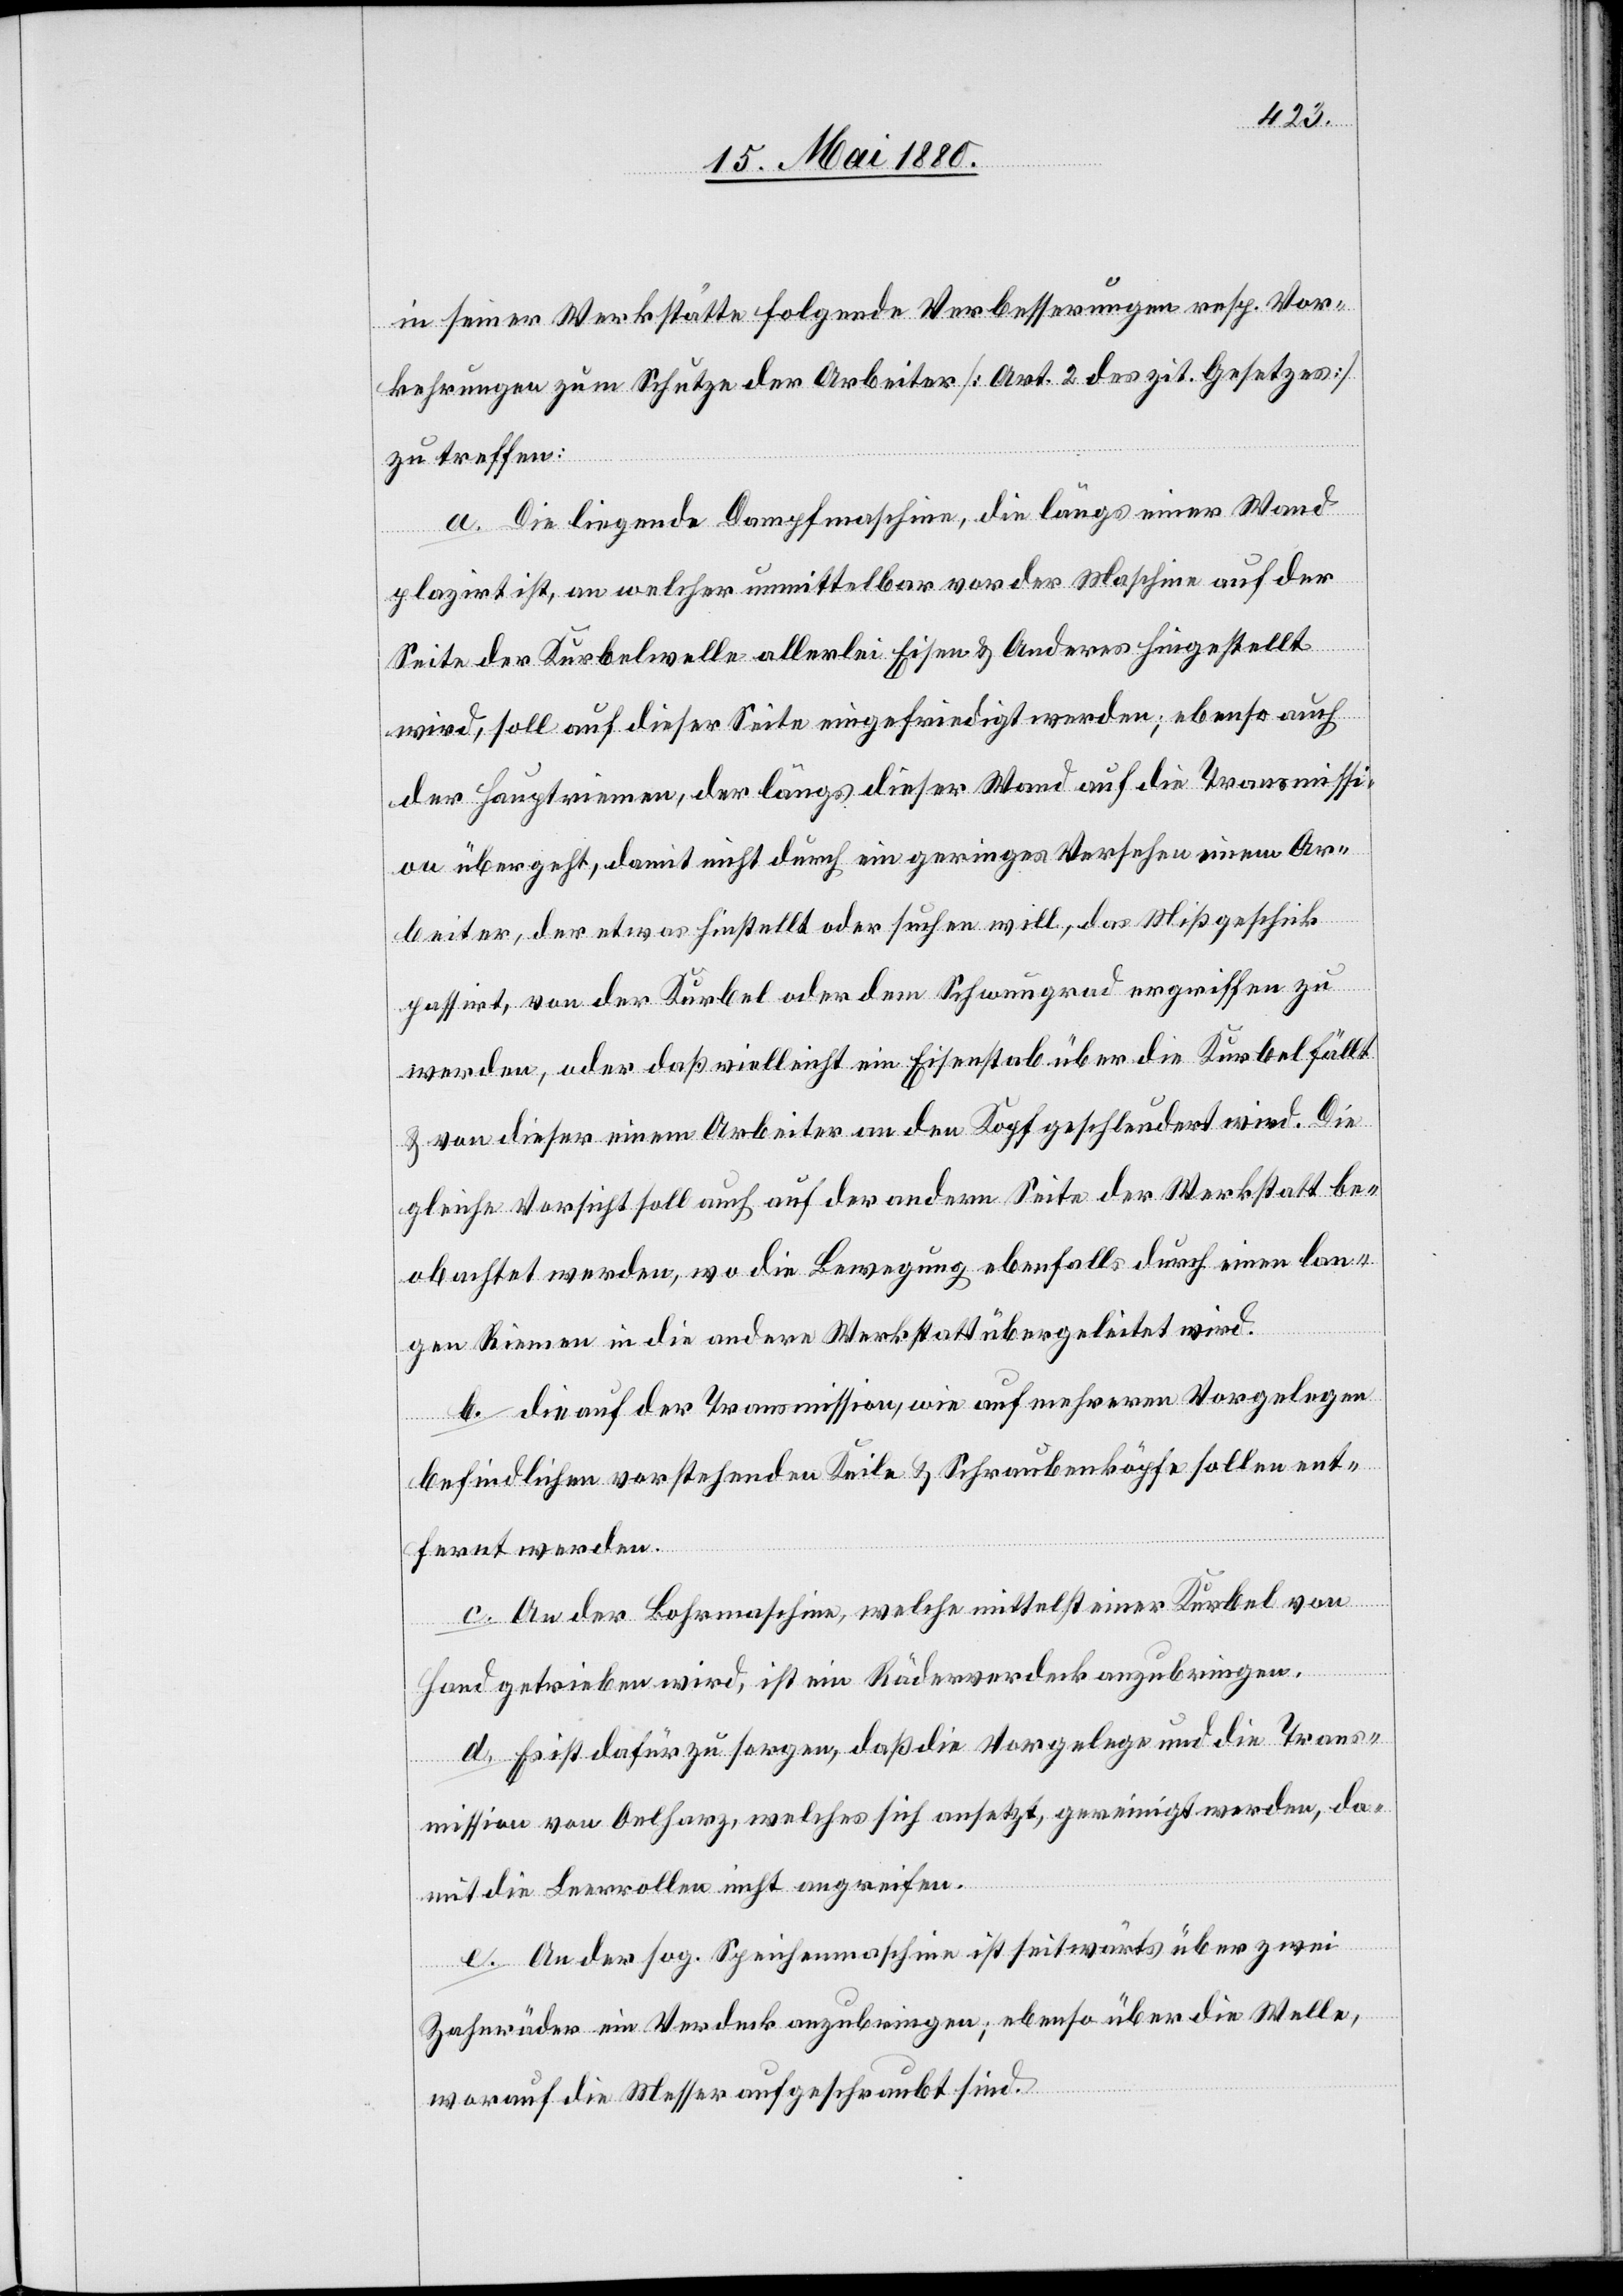
in seiner Werkstätte folgende Verbesserungen resp. Vor¬
kehrungen zum Schutze der Arbeiter [Art. 2 des zit. Gesetzes]
zu treffen:
a. Die liegende Dampfmaschine, die längs einer Wand
plazirt ist, an welcher unmittelbar vor der Maschine auf der
Seite der Kurbelwelle allerlei Eisen & Anderes hingestellt
wird, soll auf dieser Seite eingefriedigt werden; ebenso auch
der Hauptriemen, der längs dieser Wand auf die Transmissi¬
on übergeht, damit nicht durch ein geringes Versehen einem Ar¬
beiter, der etwas hinstellt oder suchen will, das Mißgeschick
passirt, von der Kurbel oder dem Schwungrad ergriffen zu
werden, oder daß vielleicht ein Eisenstab über die Kurbel fällt
& von dieser einem Arbeiter an den Kopf geschleudert wird. Die
gleiche Vorsicht soll auch auf der andern Seite der Werkstatt be¬
obachtet werden, wo die Bewegung ebenfalls durch einen lan¬
gen Riemen in die andere Werkstatt übergeleitet wird.
b. die auf der Transmission, wie auf mehreren Vorgelegen
befindlichen vorstehenden Keile & Schraubenköpfe sollen ent¬
fernt werden.
c. An der Bohrmaschine, welche mittelst einer Kurbel von
Hand getrieben wird, ist ein Räderwerk anzubringen.
d. Es ist dafür zu sorgen, daß die Vorgelege und die Trans¬
mission von Oelharz, welches sich ansetzt, gereinigt werden, da¬
mit die Leerrollen nicht angreifen.
e. An der sog. Speichenmaschine ist seitwärts über zwei
Zahnräder ein Verdeck anzubringen; ebenso über die Welle,
worauf die Messer aufgeschraubt sind.